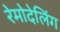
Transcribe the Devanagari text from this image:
रेमोदेलिंग